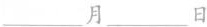
___月___日